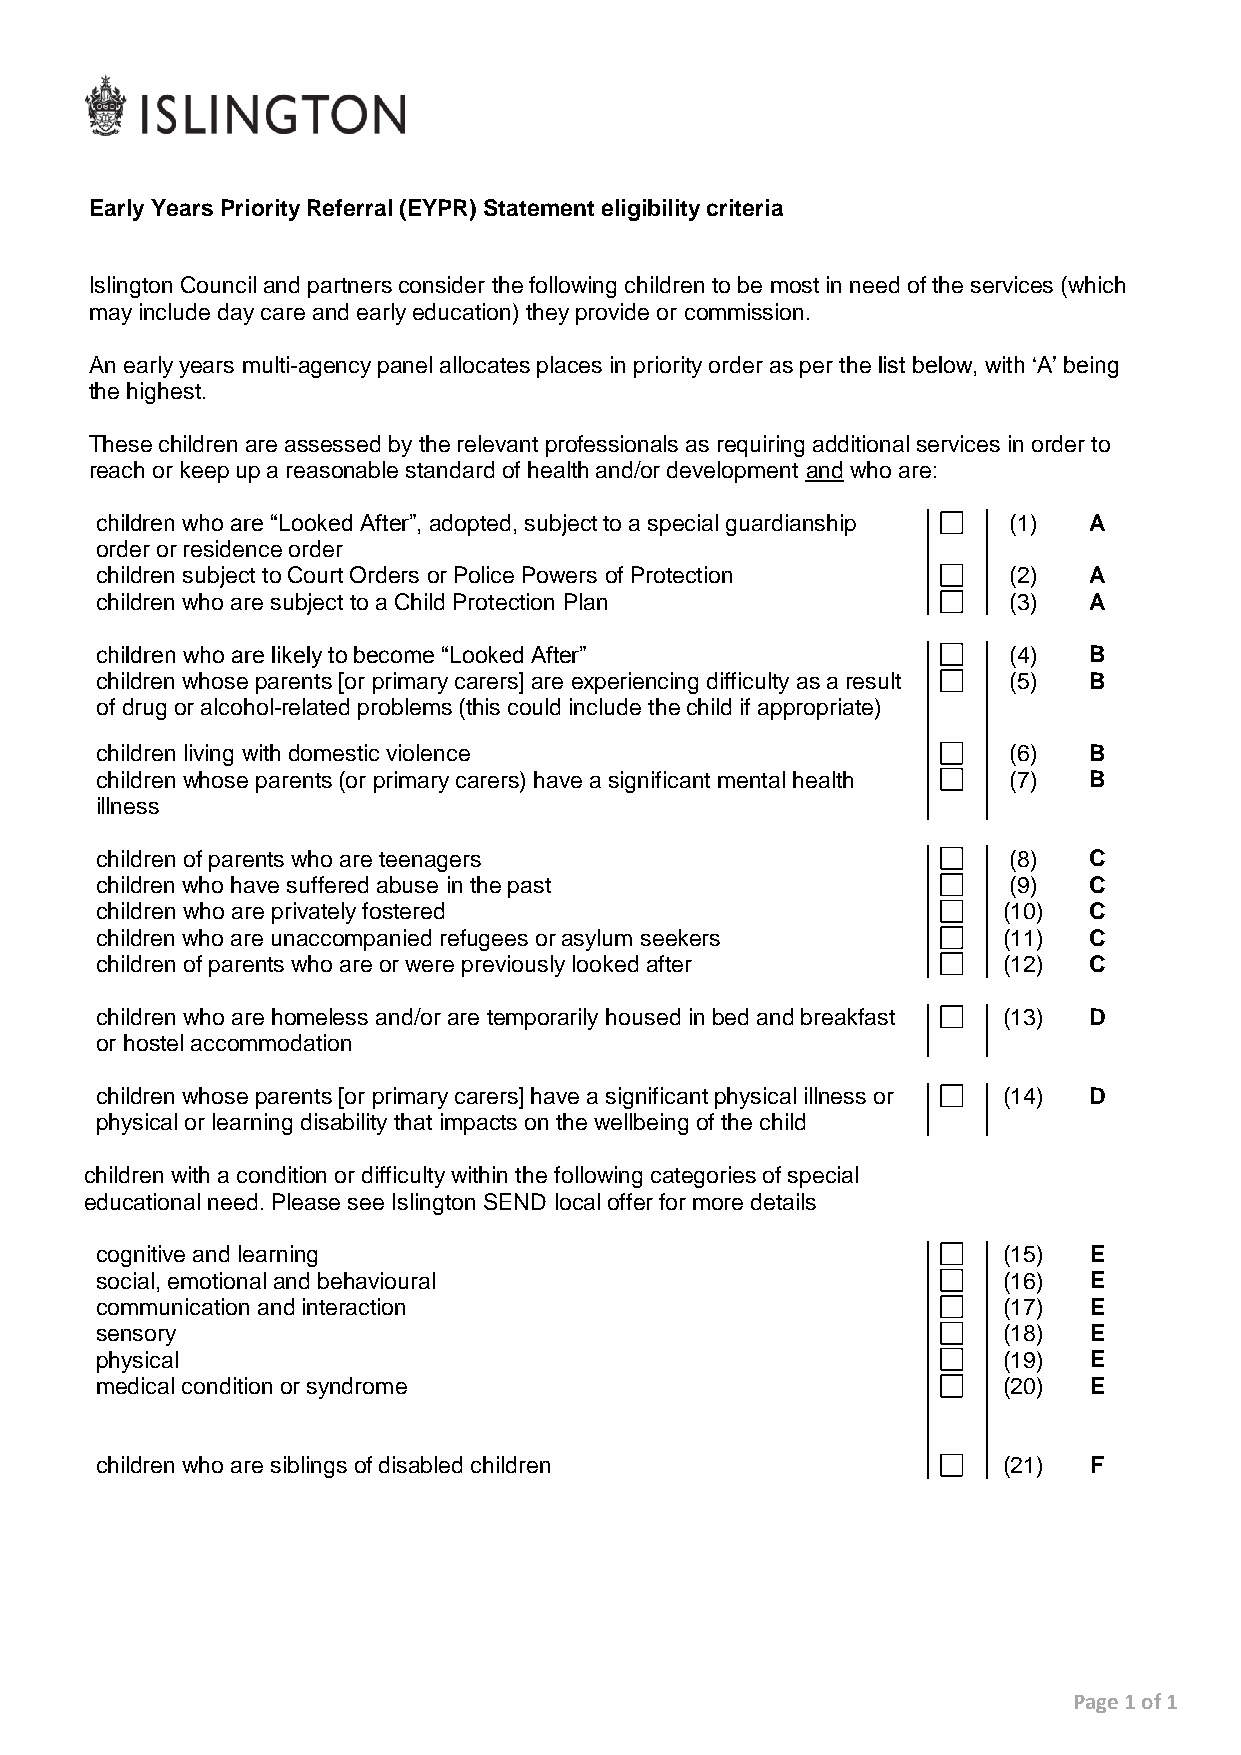
Early Years Priority Referral (EYPR) Statement eligibility criteria
 Islington Council and partners consider the following children to be most in need of the services (which
 may include day care and early education) they provide or commission.
 An early years multi-agency panel allocates places in priority order as per the list below, with ‘A’ being
 the highest.
 These children are assessed by the relevant professionals as requiring additional services in order to
 reach or keep up a reasonable standard of health and/or development and who are:
 children who are “Looked After”, adopted, subject to a special guardianship (1) A
 order or residence order
 children subject to Court Orders or Police Powers of Protection (2) A
 children who are subject to a Child Protection Plan          (3)  A
 children who are likely to become “Looked After”             (4)  B
 children whose parents [or primary carers] are experiencing difficulty as a result (5) B
 of drug or alcohol-related problems (this could include the child if appropriate)
 children living with domestic violence                       (6)  B
 children whose parents (or primary carers) have a significant mental health (7) B
 illness
 children of parents who are teenagers                        (8)  C
 children who have suffered abuse in the past                 (9)  C
 children who are privately fostered                         (10)  C
 children who are unaccompanied refugees or asylum seekers   (11)  C
 children of parents who are or were previously looked after (12)  C
 children who are homeless and/or are temporarily housed in bed and breakfast (13) D
 or hostel accommodation
 children whose parents [or primary carers] have a significant physical illness or (14) D
 physical or learning disability that impacts on the wellbeing of the child
 children with a condition or difficulty within the following categories of special
 educational need. Please see Islington SEND local offer for more details
 cognitive and learning                                      (15)  E
 social, emotional and behavioural                           (16)  E
 communication and interaction                               (17)  E
 sensory                                                     (18)  E
 physical                                                    (19)  E
 medical condition or syndrome                               (20)  E
 children who are siblings of disabled children              (21)  F
 Page 1 of 1